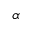
\alpha